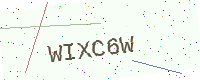
Text: WIXC6W